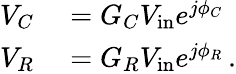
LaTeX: \begin{array}{rl}{V_{C}}&{{}=G_{C}V_{\mathrm{in}}e^{j\phi_{C}}}\\ {V_{R}}&{{}=G_{R}V_{\mathrm{in}}e^{j\phi_{R}}\, .}\end{array}